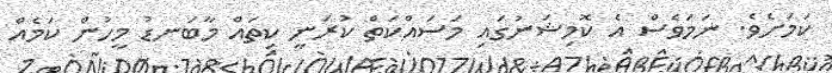
ކަމަށެވެ. ނަމަވެސް އެ ކޮމިޝަނުގައި މަސައްކަތް ކުރަނީ ކިތައް މާބަނޑު މީހުން ކަމެއް